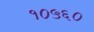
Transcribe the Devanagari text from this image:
१०५६०